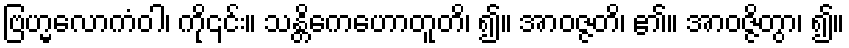
ဗြဟ္မလောကံဝါ၊ ကို၎င်း။ သန္တိကေဟောတူတိ၊ ၍။ အာဝဇ္ဇတိ၊ ၏။ အာဝဇ္ဇိတွာ၊ ၍။